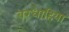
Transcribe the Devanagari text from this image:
बरधाहिया